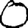
Digit: 0